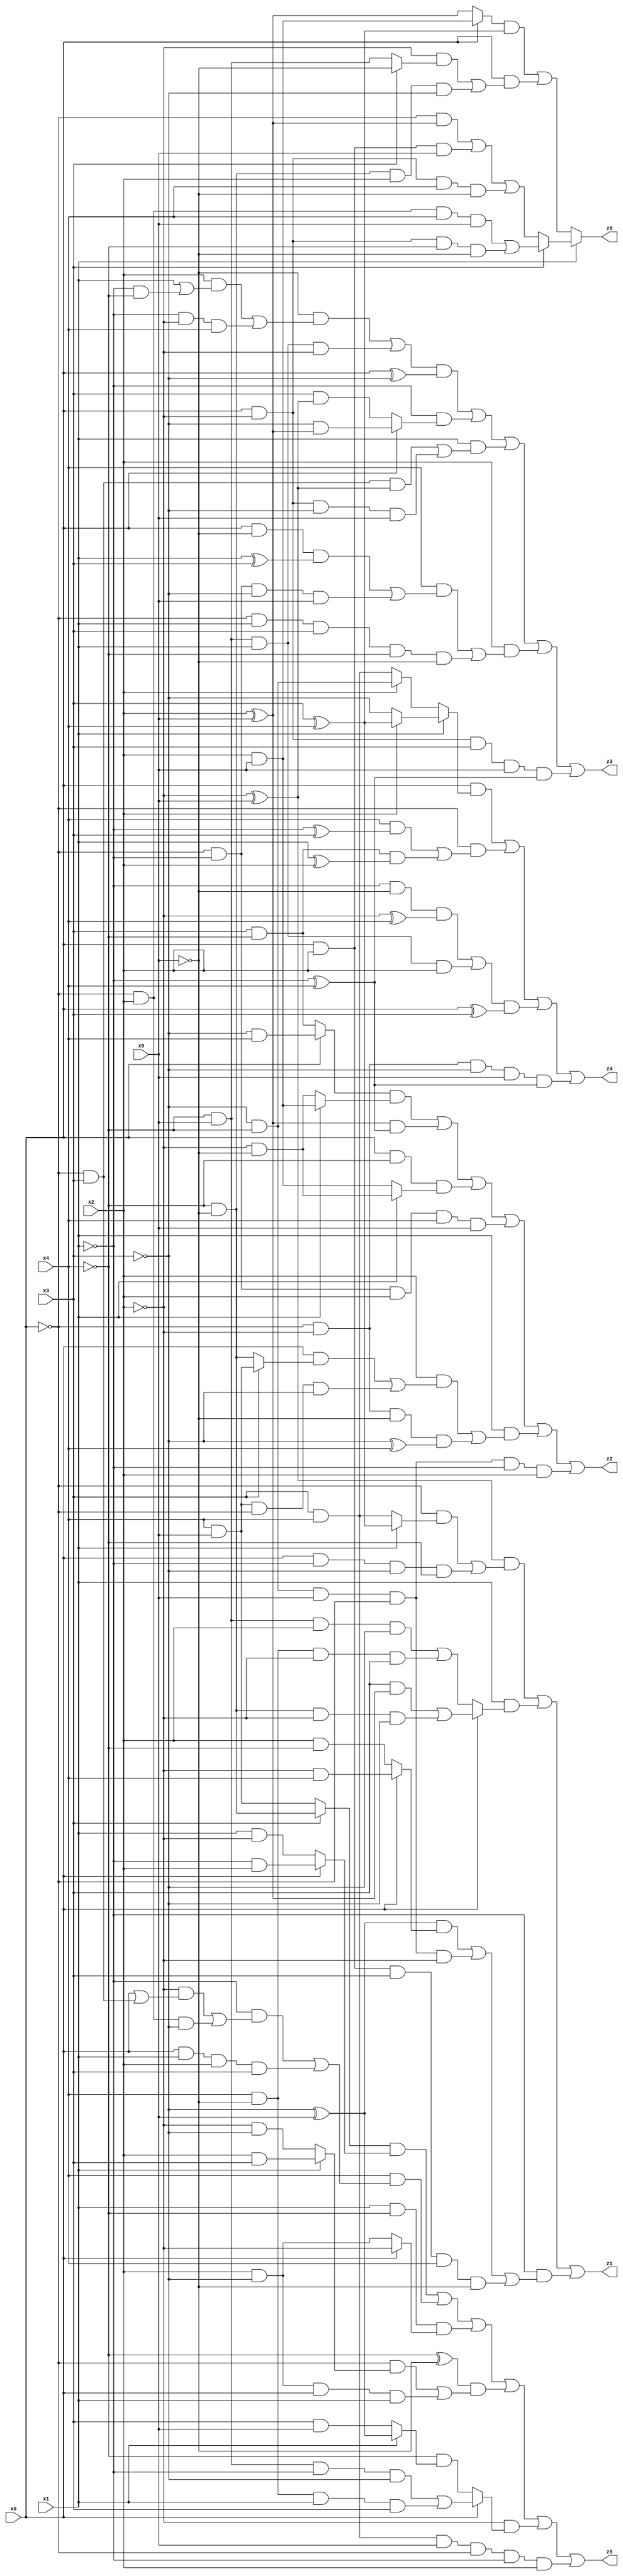
// Benchmark "X_22" written by ABC on Thu Jun 29 04:07:11 2023

module X_22 ( 
    x0, x1, x2, x3, x4, x5,
    z0, z1, z2, z3, z4, z5  );
  input  x0, x1, x2, x3, x4, x5;
  output z0, z1, z2, z3, z4, z5;
  assign z0 = x1 ? (x3 ? ((~x0 & x2 & x4 & x5) | (x0 & ~x2 & ~x4 & ~x5)) : ((~x0 & (x2 ^ x5)) | (x0 & x2 & x5) | (x0 & ~x2 & x4 & ~x5))) : (((x0 ? (x2 & x5) : (x2 ^ x5)) & (x3 ^ x4)) | (x0 & ((~x2 & (x3 ? ~x5 : (~x4 & x5))) | (~x4 & ~x5 & x2 & ~x3))));
  assign z1 = ((~x2 ^ x5) & ((~x0 & (x1 ? (x3 ^ x4) : (x3 & x4))) | (x0 & ~x1 & ~x3 & ~x4))) | (x1 & (x0 ? ((x3 & (x2 ^ x5)) | (~x4 & ~x5 & ~x2 & ~x3)) : ((~x4 & x5 & x2 & ~x3) | (x4 & ~x5 & ~x2 & x3)))) | (~x1 & (((~x3 ^ x5) & (x0 ? (~x2 & x4) : (x2 & ~x4))) | (~x3 & ~x4 & x5 & ~x0 & ~x2) | (x0 & x2 & x3 & x4 & ~x5)));
  assign z2 = ((x0 ? (~x3 & x4) : (x3 & ~x4)) & (x1 ? (x2 & x5) : (~x2 & ~x5))) | ((x2 ^ x5) & (~x1 ^ x4)) | (x0 & ~x4 & (x1 ? (~x2 & ~x5) : (x2 & x5))) | (~x0 & ~x1 & x2 & x4 & x5) | (x1 & ((x2 & ((x0 & (x3 ? (x4 & x5) : (~x4 & ~x5))) | (x4 & x5 & ~x0 & ~x3))) | (~x0 & ~x2 & ~x5 & (~x3 ^ x4)))) | (~x3 & ~x4 & x5 & ~x0 & ~x1 & x2);
  assign z3 = (((~x5 & ((x2 & (x1 | (~x1 & ~x4))) | (~x1 & ~x2 & x4))) | (~x4 & x5 & x1 & ~x2)) & (x0 ^ ~x3)) | (~x1 & (x0 ? (~x3 & (x2 ^ x5)) : (x3 & (~x2 ^ x5)))) | (x1 & ((~x0 & x3 & (~x2 ^ x5)) | (x0 & ~x2 & ~x3 & x5))) | (x2 & ((x4 & ((x0 & ~x5 & (x1 ^ x3)) | (~x0 & ~x1 & ~x3 & x5))) | (~x0 & x1 & x3 & ~x4 & ~x5))) | (x0 & ~x2 & x3 & x5 & (~x1 ^ x4));
  assign z4 = (x0 & (x1 ? (x2 ? (x3 ^ x4) : ~x3) : (x2 ? (~x3 & ~x4) : (x3 & x4)))) | (~x0 & ((x4 & (~x1 ^ x3)) | (x3 & ~x4 & (x1 ^ x2)))) | (((~x1 & ~x5 & (~x2 ^ x4)) | (~x4 & x5 & x1 & x2)) & (x0 ^ x3)) | (~x0 & ~x2 & ~x3 & x5 & (~x1 ^ x4));
  assign z5 = ((x3 ? (~x4 & ~x5) : (x4 & x5)) & (x0 ? (~x1 & x2) : (x1 & ~x2))) | (x4 & ((~x1 & ((~x2 & (x0 | (~x0 & x3))) | (~x0 & x2 & ~x3))) | (x0 & x1 & x2 & x3))) | (x1 & ~x4 & (x0 ? ~x2 : (x2 & ~x3))) | ((~x4 ^ ~x5) & ((~x0 & (x1 ? (x2 & x3) : (~x2 & ~x3))) | (x2 & ~x3 & x0 & x1))) | (~x2 & (x0 ? ((~x4 & x5 & ~x1 & ~x3) | (x4 & ~x5 & x1 & x3)) : (~x4 & (x1 ? (~x3 ^ x5) : (x3 & x5))))) | (x3 & x4 & x5 & ~x0 & ~x1 & x2);
endmodule